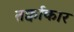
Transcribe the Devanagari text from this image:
तर्क्वाकार